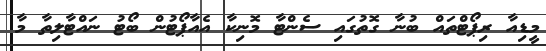
މީޑިއާ ރިޕޯޓްތައް ބުނާ ގޮތުގައި ސެންޓާ މޮނިކާ އެއާޕޯޓުން ބޯޓު ނައްޓާލިތާ މާ